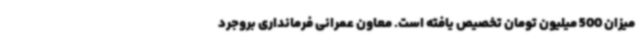
میزان 500 میلیون تومان تخصیص یافته است. معاون عمرانی فرمانداری بروجرد